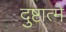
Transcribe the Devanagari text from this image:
दुष्टात्मे